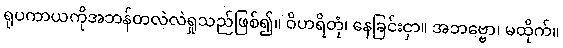
ရုပကာယကိုအဘန်တလဲလဲရှုသည်ဖြစ်၍။ ဝိဟရိတုံ၊ နေခြင်းငှာ။ အဘဗ္ဗော၊ မထိုက်။